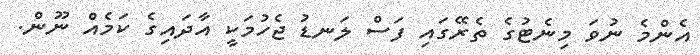
އެންމެ ނުވަ މިނެޓުގެ ތެރޭގައި ފަސް ލަނޑު ޖެހުމަކީ އާދައިގެ ކަމެއް ނޫން.